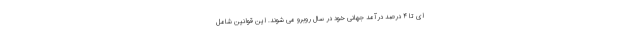
ای تا ۴ درصد درآمد جهانی خود در سال روبرو می شوند. این قوانین شامل